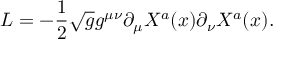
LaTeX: { \cal L } = - \frac { 1 } { 2 } \sqrt { g } g ^ { \mu \nu } \partial _ { \mu } X ^ { a } ( x ) \partial _ { \nu } X ^ { a } ( x ) .